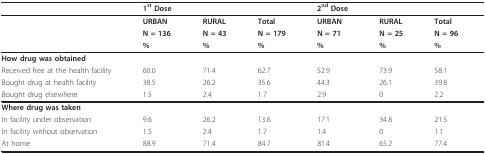
<table><thead><tr><td></td><td><b>1<sup>st </sup>Dose</b></td><td></td><td></td><td><b>2<sup>nd </sup>Dose</b></td><td></td><td></td></tr></thead><tbody><tr><td></td><td><b>URBAN</b></td><td><b>RURAL</b></td><td><b>Total</b></td><td><b>URBAN</b></td><td><b>RURAL</b></td><td><b>Total</b></td></tr><tr><td></td><td><b>N = 136</b></td><td><b>N = 43</b></td><td><b>N = 179</b></td><td><b>N = 71</b></td><td><b>N = 25</b></td><td><b>N = 96</b></td></tr><tr><td></td><td><b>%</b></td><td><b>%</b></td><td><b>%</b></td><td><b>%</b></td><td><b>%</b></td><td><b>%</b></td></tr><tr><td><b>How drug was obtained</b></td><td></td><td></td><td></td><td></td><td></td><td></td></tr><tr><td>Received free at the health facility</td><td>60.0</td><td>71.4</td><td>62.7</td><td>52.9</td><td>73.9</td><td>58.1</td></tr><tr><td>Bought drug at health facility</td><td>38.5</td><td>26.2</td><td>35.6</td><td>44.3</td><td>26.1</td><td>39.8</td></tr><tr><td>Bought drug elsewhere</td><td>1.5</td><td>2.4</td><td>1.7</td><td>2.9</td><td>0</td><td>2.2</td></tr><tr><td><b>Where drug was taken</b></td><td></td><td></td><td></td><td></td><td></td><td></td></tr><tr><td>In facility under observation</td><td>9.6</td><td>26.2</td><td>13.6</td><td>17.1</td><td>34.8</td><td>21.5</td></tr><tr><td>In facility without observation</td><td>1.5</td><td>2.4</td><td>1.7</td><td>1.4</td><td>0</td><td>1.1</td></tr><tr><td>At home</td><td>88.9</td><td>71.4</td><td>84.7</td><td>81.4</td><td>65.2</td><td>77.4</td></tr></tbody></table>